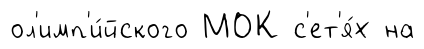
ол'имп'и́йского МОК с'ет'я́х на